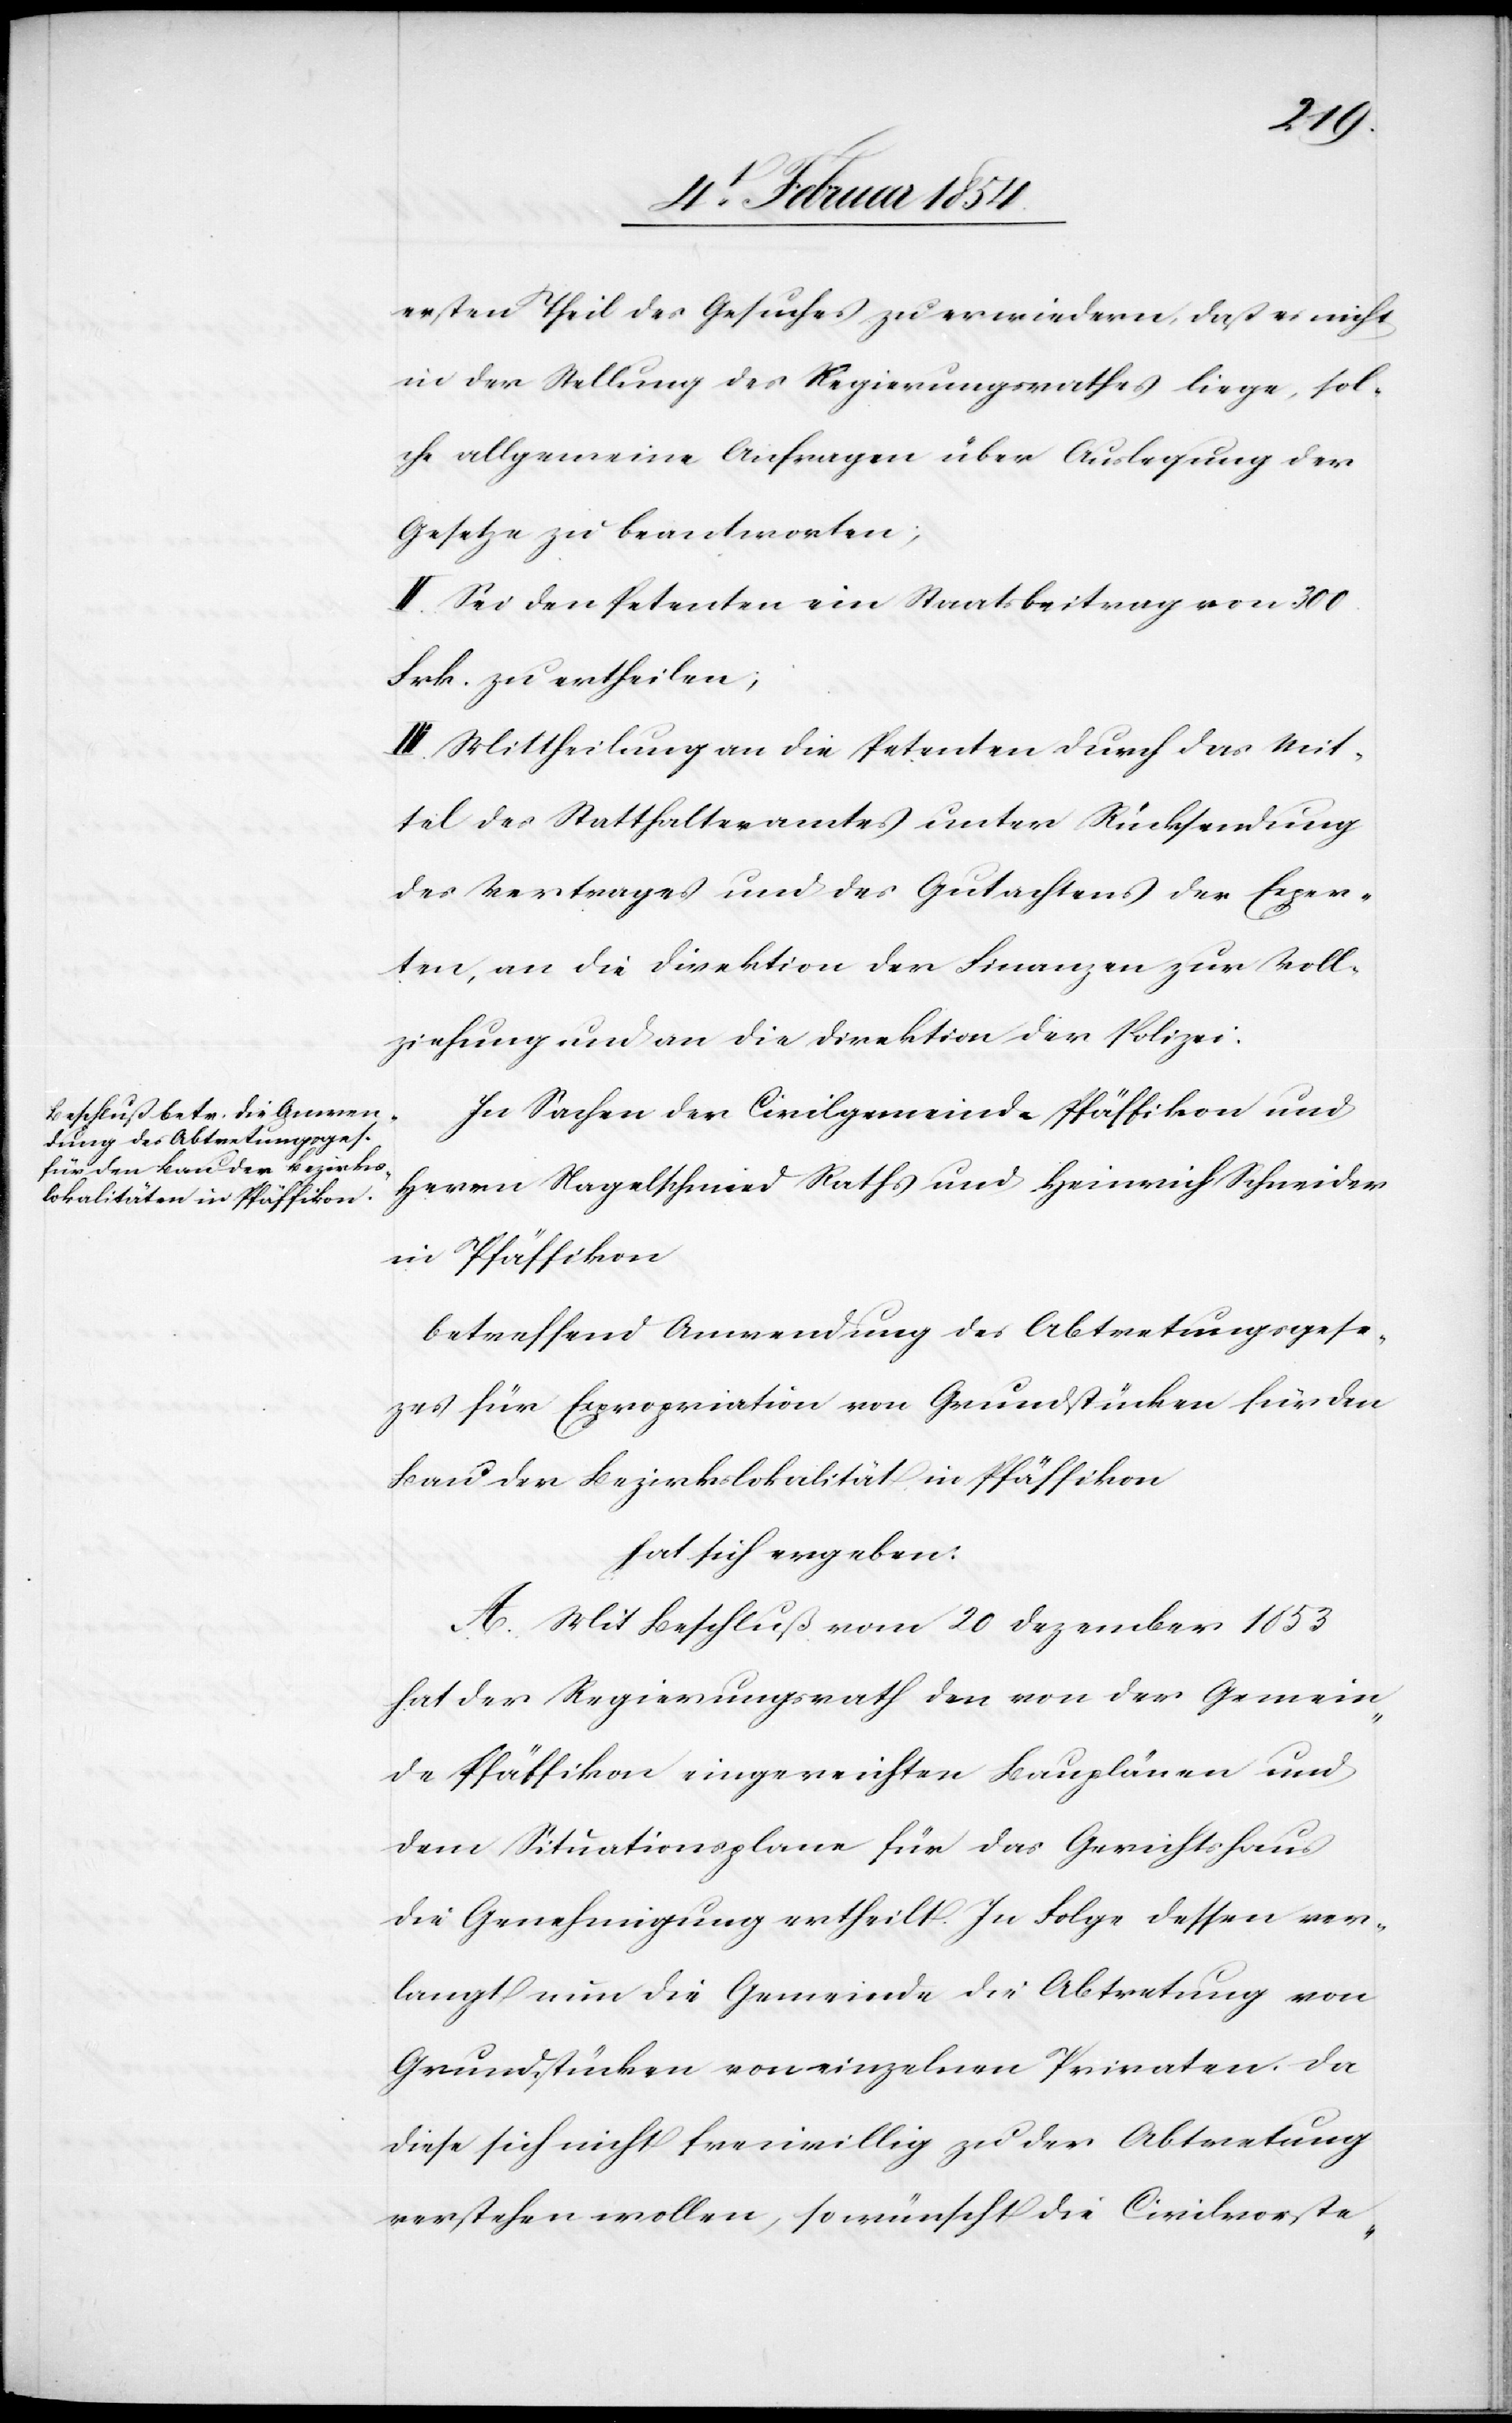
ersten Theil des Gesuches zu erwiedern, daß es nicht
in der Stellung des Regierungsrathes liege, sol¬
che allgemeine Anfragen über Auslegung der
Gesetze zu beantworten;
II. Sei den Petenten ein Staatsbeitrag von 300.
Frk. zu ertheilen;
III. Mittheilung an die Petenten durch das Mit¬
tel des Statthalteramtes unter Rücksendung
des Vertrages und des Gutachtens der Exper¬
ten, an die Direktion der Finanzen zur Voll¬
ziehung und an die Direktion der Polizei.
In Sachen der Civilgemeinde Pfäffikon und
Herrn Nagelschmied Raths und Heinrich Schneider
in Pfäffikon
betreffend Anwendung des Abtretungsgeset¬
zes für Expropriation von Grundstücken für den
Bau der Bezirkslokalitäten in Pfäffikon
hat sich ergeben:
A. Mit Beschluß vom 20 Dezember 1853
hat der Regierungsrath den von der Gemein¬
de Pfäffikon eingereichten Bauplänen und
dem Situationsplane für das Gerichtshaus
die Genehmigung ertheilt. In Folge dessen ver¬
langt nun die Gemeinde die Abtretung von
Grundstücken von einzelnen Privaten. Da
diese sich nicht freiwillig zu der Abtretung
verstehen wollen, so wünscht die Civilvorste-